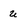
Character: u